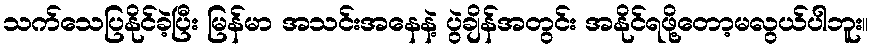
သက်သေပြနိုင်ခဲ့ပြီး မြန်မာ အသင်းအနေနဲ့ ပွဲချိန်အတွင်း အနိုင်ရဖို့တော့မလွယ်ပါဘူး။